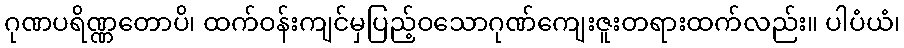
ဂုဏပရိဏ္ဏတောပိ၊ ထက်ဝန်းကျင်မှပြည့်ဝသောဂုဏ်ကျေးဇူးတရားထက်လည်း။ ပါပံယံ၊